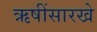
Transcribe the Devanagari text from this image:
ऋषींसारखे